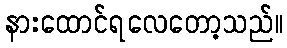
နားထောင်ရလေတော့သည်။